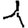
Digit: 1